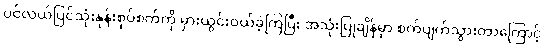
ပင်လယ်ပြင်သုံးနုန်းစုပ်စက်ကို မှားယွင်းဝယ်ခဲ့ကြပြီး အသုံးပြုချိန်မှာ စက်ပျက်သွားတာကြောင့်